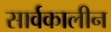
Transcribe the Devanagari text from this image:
सार्वकालीन